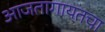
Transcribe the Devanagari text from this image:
आजतागायतचा